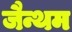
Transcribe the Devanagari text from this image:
जैन्थम